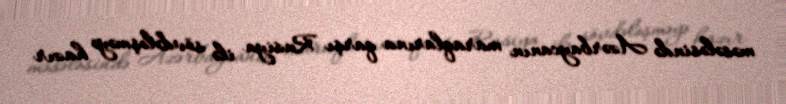
məsələsində Azərbaycanın maraqlarına qarşı Rusiya ilə sövdələşməyə hazır